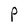
Character: P